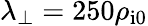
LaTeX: \lambda_{\perp}=250\rho_{\mathrm{i0}}